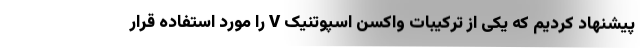
پیشنهاد کردیم که یکی از ترکیبات واکسن اسپوتنیک V را مورد استفاده قرار